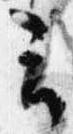
云